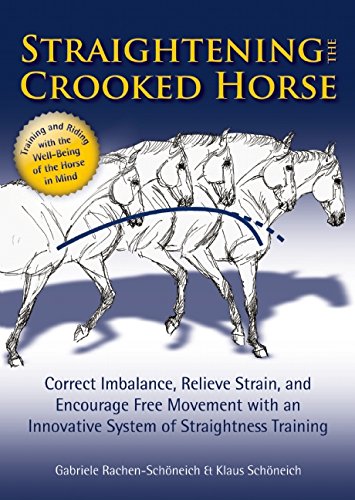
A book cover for Straightening the Crooked Horse: Correct Imbalance, Relieve Strain, and Encourage Free Movement with an Innovative System of Straightness Training; Gabriele Rachen-Schoneich; Medical Books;